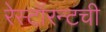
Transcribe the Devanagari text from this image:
रेस्टॉरन्टची